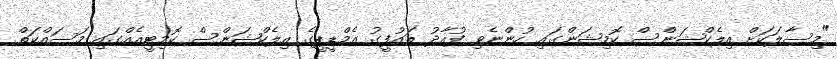
"މިސާލަކަށް އިލެކްޝަންސް ކޮމިޝަންގައި ހުންނެވި ފުއާދު ތައުފީގު އެމްޑީޕީގެ އިލެކްޝަންސް ކޮމިޓީއެއްގައި މަސައްކަތް